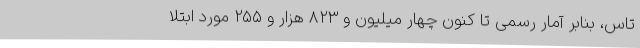
تاس، بنابر آمار رسمی تا کنون چهار میلیون و ۸۲۳ هزار و ۲۵۵ مورد ابتلا